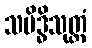
သမိဒ္ဓိသုတ္တံ